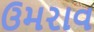
ઉમરાવ